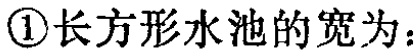
\textcircled{1}长方形水池的宽为：